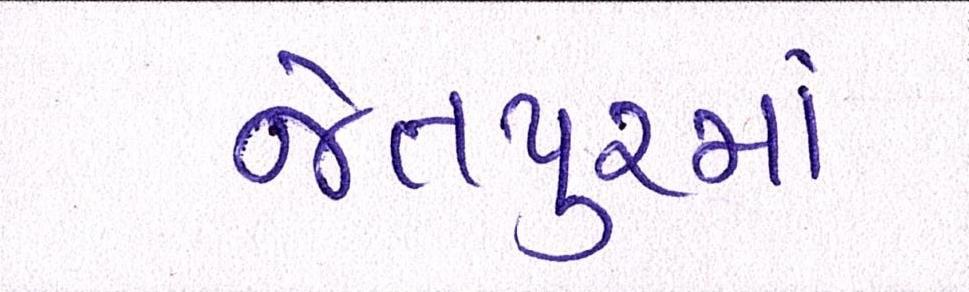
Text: જેતપુરમાં